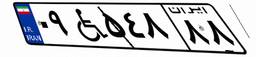
۰۹W۵۴۸۸۸